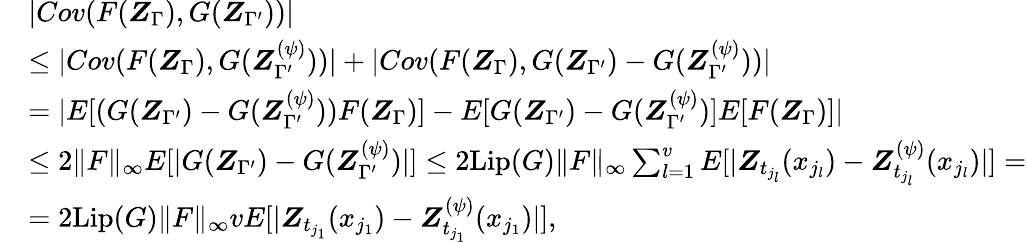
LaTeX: \begin{array}{r}{\begin{array}{rl}&{|Cov(F(\boldsymbol{Z}_{\Gamma}),G(\boldsymbol{Z}_{\Gamma^{\prime}}))|}\\ &{\leq|Cov(F(\boldsymbol{Z}_{\Gamma}),G(\boldsymbol{Z}_{\Gamma^{\prime}}^{(\psi)}))|+|Cov(F(\boldsymbol{Z}_{\Gamma}),G(\boldsymbol{Z}_{\Gamma^{\prime}})-G(\boldsymbol{Z}_{\Gamma^{\prime}}^{(\psi)}))|}\\ &{=|E[(G(\boldsymbol{Z}_{\Gamma^{\prime}})-G(\boldsymbol{Z}_{\Gamma^{\prime}}^{(\psi)}))F(\boldsymbol{Z}_{\Gamma})]-E[G(\boldsymbol{Z}_{\Gamma^{\prime}})-G(\boldsymbol{Z}_{\Gamma^{\prime}}^{(\psi)})]E[F(\boldsymbol{Z}_{\Gamma})]|}\\ &{\leq 2\lVert F\rVert_{\infty}E[|G(\boldsymbol{Z}_{\Gamma^{\prime}})-G(\boldsymbol{Z}_{\Gamma^{\prime}}^{(\psi)})|]\leq 2\mathrm{Lip}(G)\lVert F\rVert_{\infty}\sum_{l=1}^{v}E[|\boldsymbol{Z}_{t_{j_{l}}}(x_{j_{l}})-\boldsymbol{Z}_{t_{j_{l}}}^{(\psi)}(x_{j_{l}})|]=}\\ &{=2\mathrm{Lip}(G)\lVert F\rVert_{\infty}vE[|\boldsymbol{Z}_{t_{j_{1}}}(x_{j_{1}})-\boldsymbol{Z}_{t_{j_{1}}}^{(\psi)}(x_{j_{1}})|],}\end{array}}\end{array}